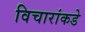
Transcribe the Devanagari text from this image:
विचारांकडे